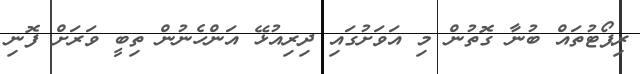
ރިޕޯޓުތައް ބުނާ ގޮތުން މި އަވަށުގައި ދިރިއުޅޭ އަންހެނުން ތިބީ ވަރަށް ފޮނި